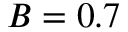
B = 0 . 7